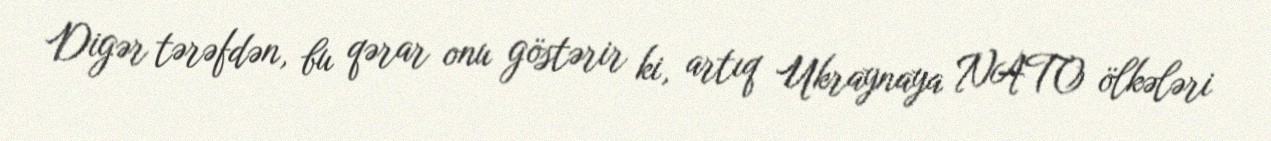
Digər tərəfdən, bu qərar onu göstərir ki, artıq Ukraynaya NATO ölkələri